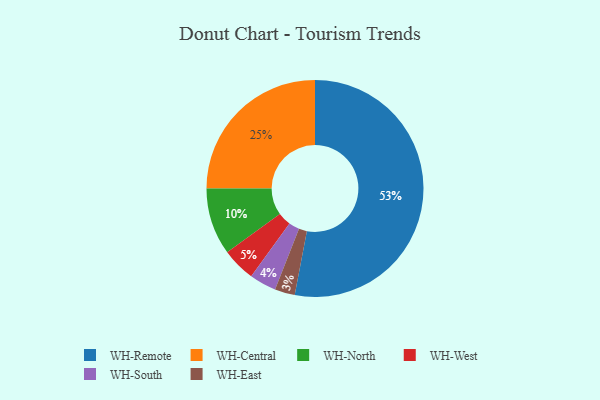
{"axis": {"x": "Category", "y": "Percentage"}, "legend": ["WH-Central", "WH-East", "WH-North", "WH-Remote", "WH-South", "WH-West"], "data": [{"x": "WH-North", "y": 10, "type": "WH-North"}, {"x": "WH-West", "y": 5, "type": "WH-West"}, {"x": "WH-South", "y": 4, "type": "WH-South"}, {"x": "WH-Remote", "y": 53, "type": "WH-Remote"}, {"x": "WH-Central", "y": 25, "type": "WH-Central"}, {"x": "WH-East", "y": 3, "type": "WH-East"}]}